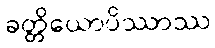
ခတ္တိယောပိဿာဿ